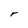
Character: r